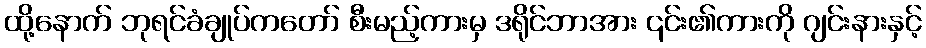
ထို့နောက် ဘုရင်ခံချုပ်ကတော် စီးမည့်ကားမှ ဒရိုင်ဘာအား ၎င်း၏ကားကို ဂျင်းနားနှင့်